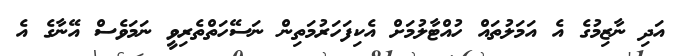
އަދި ނާޒިމުގެ އެ އަމަލުތައް ހުއްޓާލުމަށް އެކިފަހަރުމަތިން ނަސޭހަތްތެރިވީ ނަމަވެސް އޭނާގެ އެ